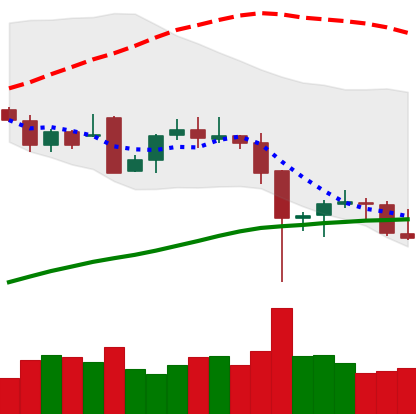
Ticker: BTC-USD
Chart end date: 2021-12-10
Forward return: 3.5%
Label: up_3_5